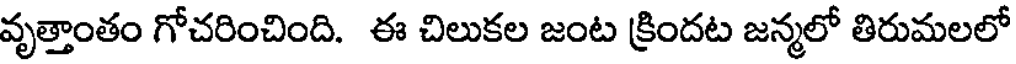
వృత్తాంతం గోచరించింది. ఈ చిలుకల జంట క్రిందట జన్మలో తిరుమలలో